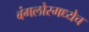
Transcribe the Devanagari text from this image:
बंगलोरमध्येच